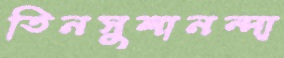
তিনসুলানন্দা